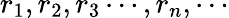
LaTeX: r_{1},r_{2},r_{3}\cdots,r_{n},\cdots